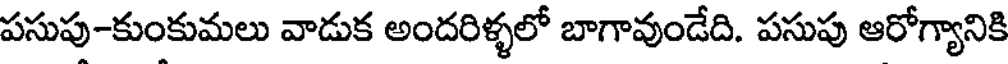
పసుపు-కుంకుమలు వాడుక అందరిళ్ళలో బాగావుండేది. పసుపు ఆరోగ్యానికి